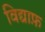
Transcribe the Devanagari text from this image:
विद्याफ़